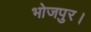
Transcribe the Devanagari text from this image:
भोजपुर।